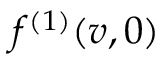
f ^ { ( 1 ) } ( v , 0 )